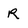
Character: R